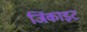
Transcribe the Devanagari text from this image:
जिंकाइट